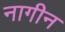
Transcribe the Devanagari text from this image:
नागीन